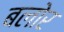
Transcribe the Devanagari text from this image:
बलोर